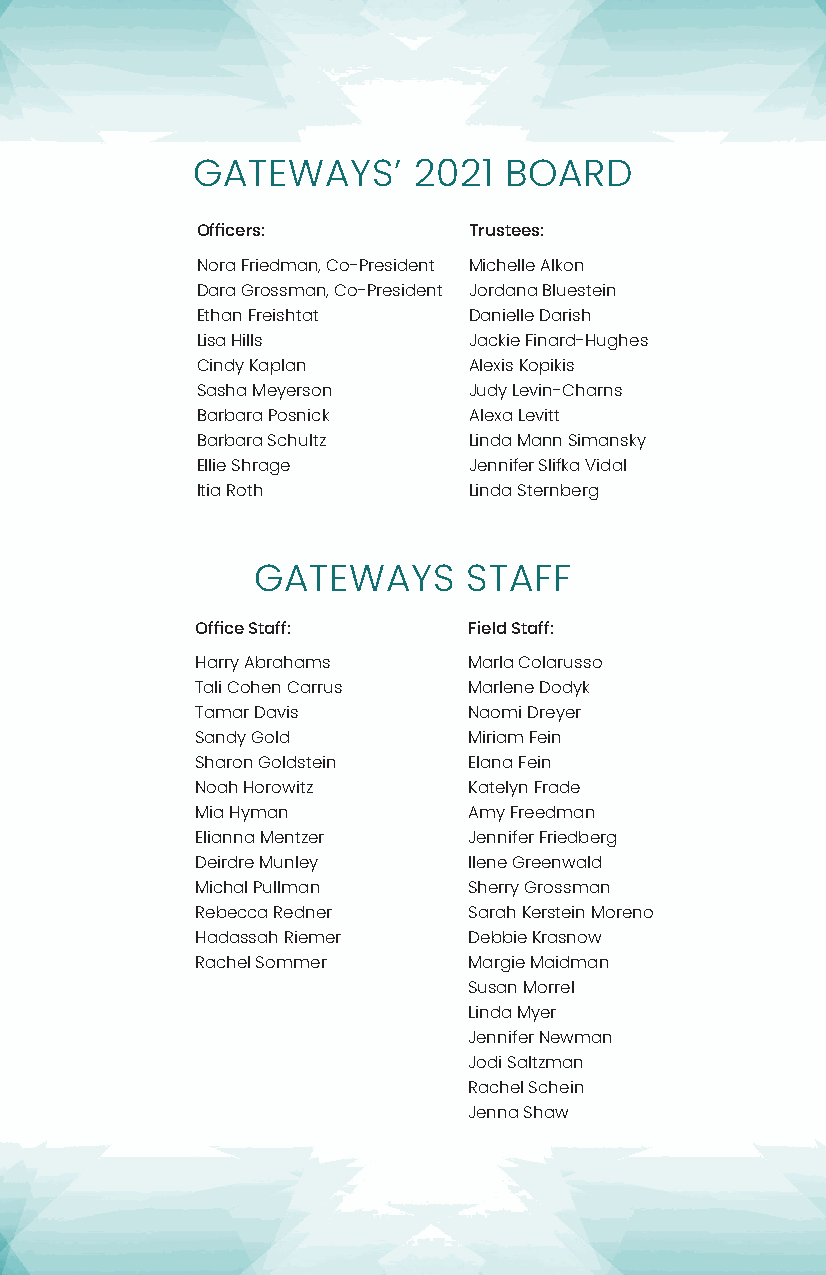
GATEWAYS’     2021  BOARD
 Officers:         Trustees:
 Nora Friedman, Co-President Michelle Alkon
 Dara Grossman, Co-President Jordana Bluestein
 Ethan Freishtat   Danielle Darish
 Lisa Hills        Jackie Finard-Hughes
 Cindy Kaplan      Alexis Kopikis
 Sasha Meyerson    Judy Levin-Charns
 Barbara Posnick   Alexa Levitt
 Barbara Schultz   Linda Mann Simansky
 Ellie Shrage      Jennifer Slifka Vidal
 Itia Roth         Linda Sternberg
 GATEWAYS      STAFF
 Office Staff:     Field Staff:
 Harry Abrahams    Marla Colarusso
 Tali Cohen Carrus Marlene Dodyk
 Tamar Davis       Naomi Dreyer
 Sandy Gold        Miriam Fein
 Sharon Goldstein  Elana Fein
 Noah Horowitz     Katelyn Frade
 Mia Hyman         Amy Freedman
 Elianna Mentzer   Jennifer Friedberg
 Deirdre Munley    Ilene Greenwald
 Michal Pullman    Sherry Grossman
 Rebecca Redner    Sarah Kerstein Moreno
 Hadassah Riemer   Debbie Krasnow
 Rachel Sommer     Margie Maidman
 Susan Morrel
 Linda Myer
 Jennifer Newman
 Jodi Saltzman
 Rachel Schein
 Jenna Shaw